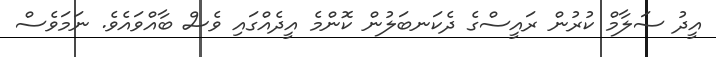
އީދު ސަލާމް ކުރުން ރައީސްގެ ދެކަނބަލުން ކޮންމެ އީދެއްގައި ވެސް ބާއްވައެވެ. ނަމަވެސް